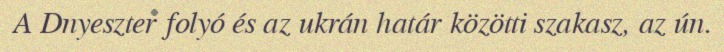
A Dnyeszter folyó és az ukrán határ közötti szakasz, az ún.